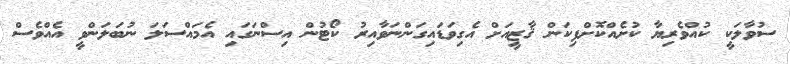
ސުވާލަކީ ކުއްވެރިޔާ ކުށެއްކޮށްފިކަން ޤާޒީއަށް އެގިވަޑައިގަންނަވާއިރު ކޯޓުން އިސްނަގައި އެމައްސަލަ ނުބަލަންވީ އެއްވެސް